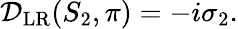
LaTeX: \begin{array}{r}{\mathcal{D}_{\mathrm{LR}}(S_{2},\pi)=-i\sigma_{2}.}\end{array}